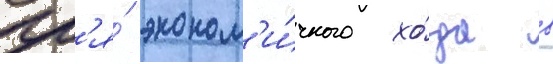
Дл'я́ эконом'и́чного хо́да в